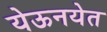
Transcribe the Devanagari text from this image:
येऊनयेत